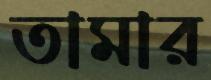
তামার